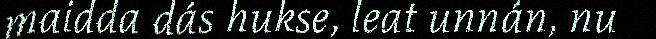
maidda dás hukse, leat unnán, nu